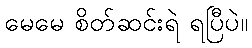
မေမေ စိတ်ဆင်းရဲ ရပြီပဲ။